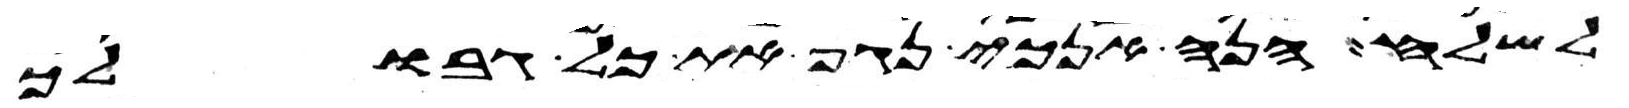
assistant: לשלח הנה אנכי נגף את כל גבולך